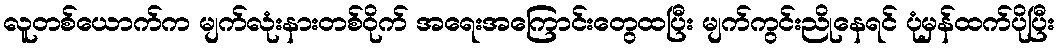
လူတစ်ယောက်က မျက်လုံးနားတစ်ဝိုက် အရေးအကြောင်းတွေထပြီး မျက်ကွင်းညိုနေရင် ပုံမှန်ထက်ပိုပြီး